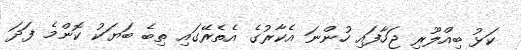
ކަޅު ބިއްލޫރި ޖަހާފައި ހުންނަ އެކާރުގެ އެތެރޭގައި ތިބެ ބަޔަކު ކޮންމެ ފަދަ